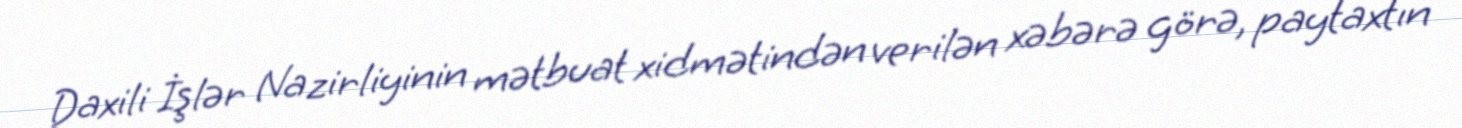
Daxili İşlər Nazirliyinin mətbuat xidmətindən verilən xəbərə görə, paytaxtın